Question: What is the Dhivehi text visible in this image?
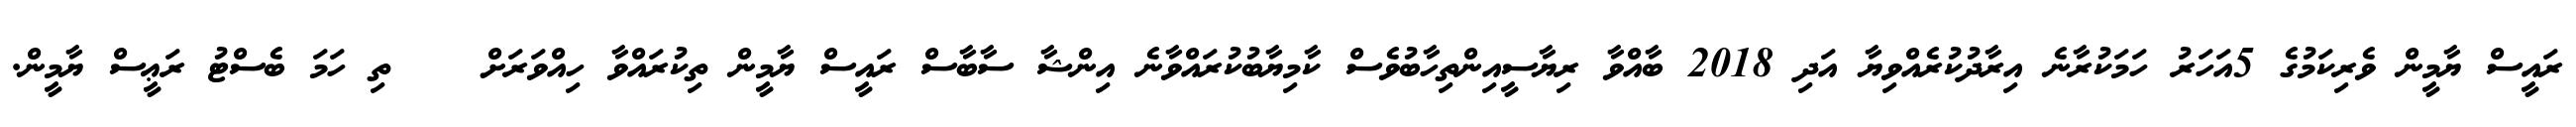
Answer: ރައީސް ޔާމީން ވެރިކަމުގެ 5އަހަރު ހަމަކުރާނެ އިރާދުކުރެއްވިޔާ އަދި 2018 ބާއްވާ ރިޔާސީއިންތިހާބުވެސް ކާމިޔާބުކުރައްވާނެ އިންޝާ ސާބާސް ރައީސް ޔާމީން ތިކުރައްވާ ހިއްވަރަށް ????ތި ހަމަ ބެސްޓު ރަޢީސް ޔާމީން.